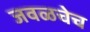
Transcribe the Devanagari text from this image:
जवळचेच